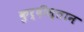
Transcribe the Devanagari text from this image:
कुर्दीस्तान